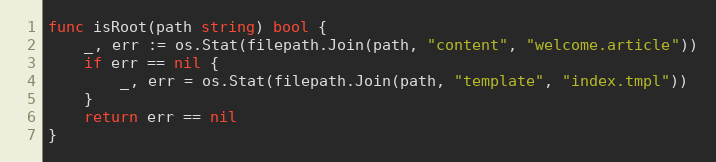
Language: Go
func isRoot(path string) bool {
	_, err := os.Stat(filepath.Join(path, "content", "welcome.article"))
	if err == nil {
		_, err = os.Stat(filepath.Join(path, "template", "index.tmpl"))
	}
	return err == nil
}